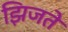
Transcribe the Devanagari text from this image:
झिजते